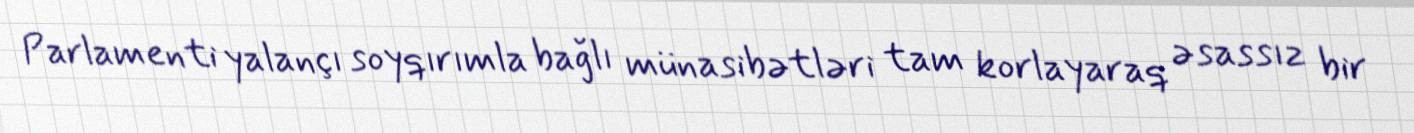
Parlamenti yalançı soyqırımla bağlı münasibətləri tam korlayaraq əsassız bir